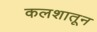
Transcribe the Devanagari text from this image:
कलशातून